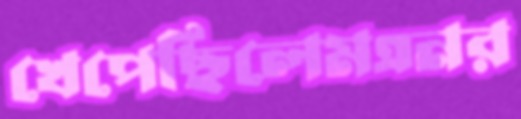
খেপেছিলেমএনর